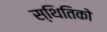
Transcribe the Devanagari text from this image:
स्थितिको